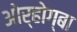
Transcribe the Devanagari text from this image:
ओर्होग्बा